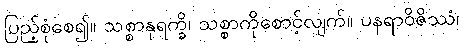
ပြည့်စုံစေ၍။ သစ္စာနုရက္ခိ၊ သစ္စာကိုစောင့်လျက်။ ပနရာဝိဇိဿံ၊